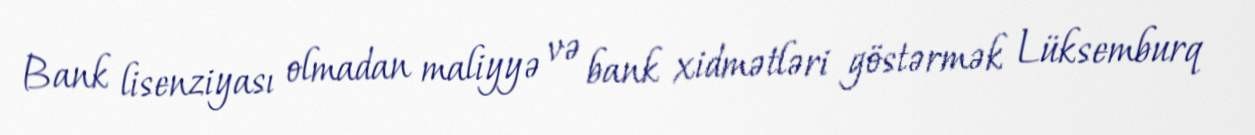
Bank lisenziyası olmadan maliyyə və bank xidmətləri göstərmək Lüksemburq